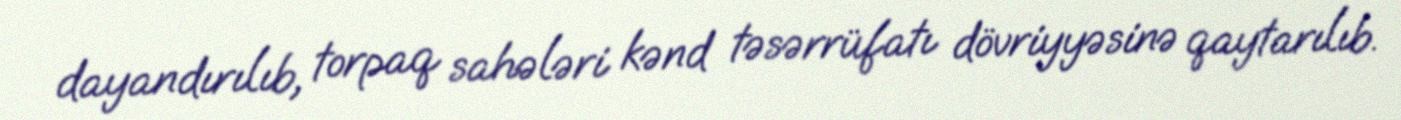
dayandırılıb, torpaq sahələri kənd təsərrüfatı dövriyyəsinə qaytarılıb.